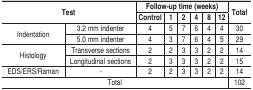
<table><thead><tr><td><b>Test</b></td><td></td><td><b>Follow-up time (weeks)</b></td><td></td><td></td><td></td><td></td><td></td><td><b>Total</b></td></tr><tr><td></td><td></td><td><b>Control</b></td><td><b>1</b></td><td><b>2</b></td><td><b>4</b></td><td><b>8</b></td><td><b>12</b></td><td></td></tr></thead><tbody><tr><td>Indentation</td><td>3.2 mm indenter</td><td>4</td><td>5</td><td>7</td><td>6</td><td>4</td><td>4</td><td>30</td></tr><tr><td></td><td>5.0 mm indenter</td><td>4</td><td>3</td><td>7</td><td>6</td><td>4</td><td>5</td><td>29</td></tr><tr><td>Histology</td><td>Transverse sections</td><td>2</td><td>2</td><td>3</td><td>3</td><td>2</td><td>2</td><td>14</td></tr><tr><td></td><td>Longitudinal sections</td><td>2</td><td>3</td><td>3</td><td>3</td><td>2</td><td>2</td><td>15</td></tr><tr><td>EDS/ERS/Raman</td><td>-</td><td>2</td><td>2</td><td>3</td><td>3</td><td>2</td><td>2</td><td>14</td></tr><tr><td>Total</td><td></td><td></td><td></td><td></td><td></td><td></td><td></td><td>102</td></tr></tbody></table>